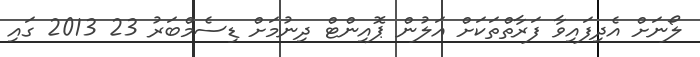
ލޯނަށް އެދިފައިވާ ފަރާތްތަކަށް އަލުން ޕޮއިންޓް ދިނުމަށް ޑިސެމްބަރު 23 2013 ގައި